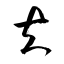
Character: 夫